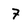
Character: 7